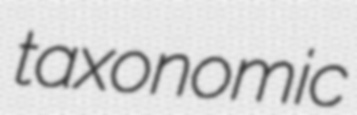
taxonomic